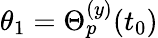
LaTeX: \theta_{1}=\Theta_{p}^{(y)}(t_{0})